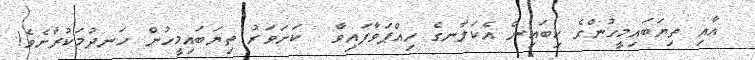
އާއި ތިޔަބައިމީހުންގެ ކިބައިން އެކަލާނގެ ހިއްޕަވާފައިވާ  ކަށަވަރު ތިޔަބައިމީހުން ހަނދުމަކުރާށެވެ!